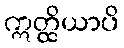
ဣတ္ထိယာပိ